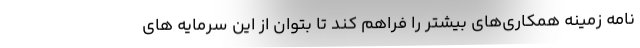
نامه زمینه همکاری‌های بیشتر را فراهم کند تا بتوان از این سرمایه های